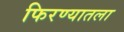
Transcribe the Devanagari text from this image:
फिरण्यातला